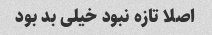
اصلا تازه نبود خیلی بد بود